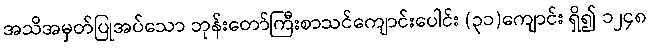
အသိအမှတ်ပြုအပ်သော ဘုန်းတော်ကြီးစာသင်ကျောင်းပေါင်း (၃၁)ကျောင်း ရှိ၍ ၁၂၄၈